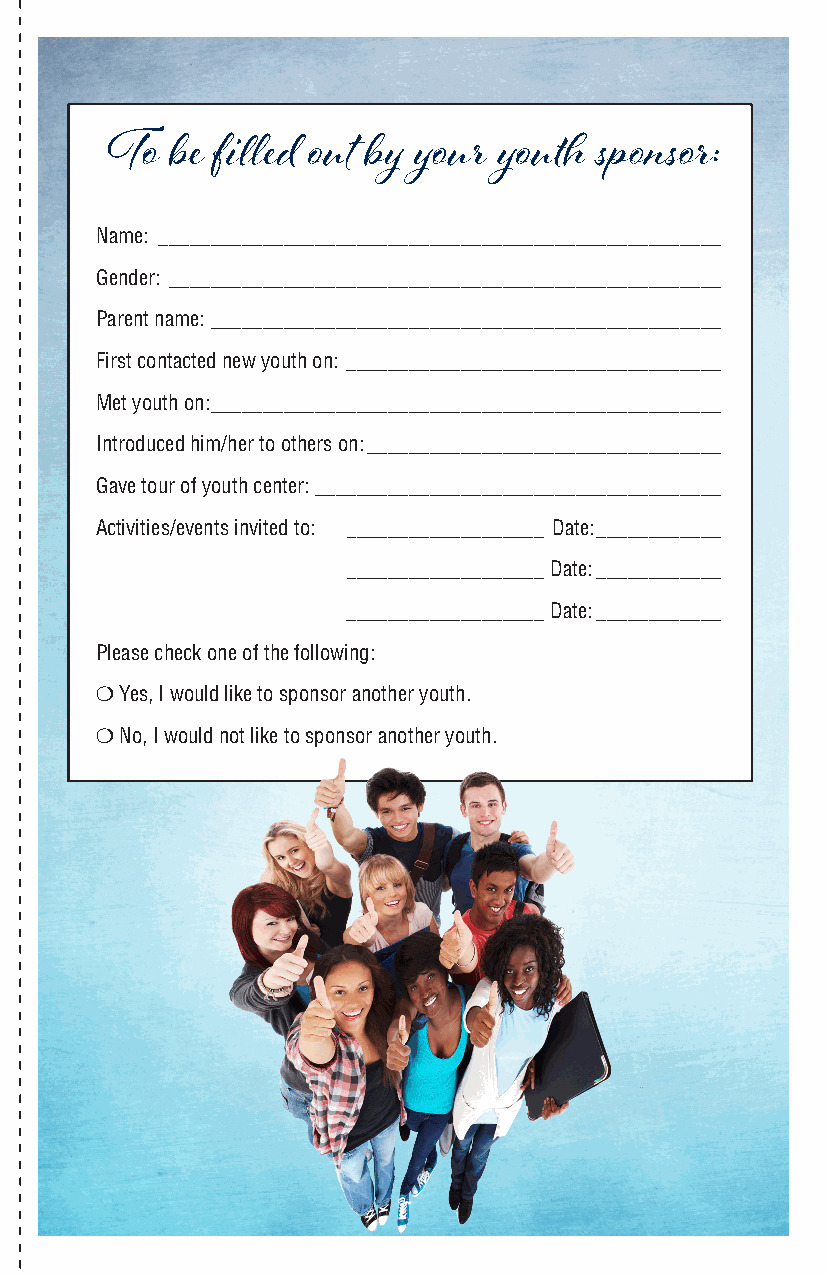
To  be filled out by your youth  sponsor:
 Name: ______________________________________________________
 Gender: _____________________________________________________
 Parent name: _________________________________________________
 First contacted new youth on: ____________________________________
 Met youth on: _________________________________________________
 Introduced him/her to others on: __________________________________
 Gave tour of youth center: _______________________________________
 Activities/events invited to: _____________________ Date: ____________
 ___________________Date: ____________
 ___________________Date: ____________
 Please check one of the following:
  Yes, I would like to sponsor another youth.
  No, I would not like to sponsor another youth.